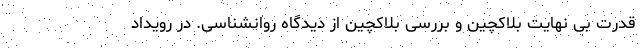
قدرت بی نهایت بلاکچین و بررسی بلاکچین از دیدگاه روانشناسی. در رویداد